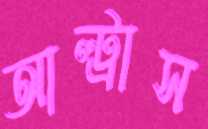
আল্ট্রাস